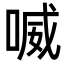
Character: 喴